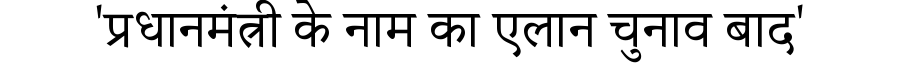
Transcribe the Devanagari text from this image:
'प्रधानमंत्री के नाम का एलान चुनाव बाद'